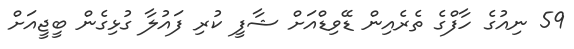
59 ނިއުގެ ހާފްގެ ތެރެއިން ޑޭވިޑްއަށް ޝާފީ ކުރި ފައުލާ ގުޅިގެން ބީޖީއަށް